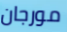
مورجان